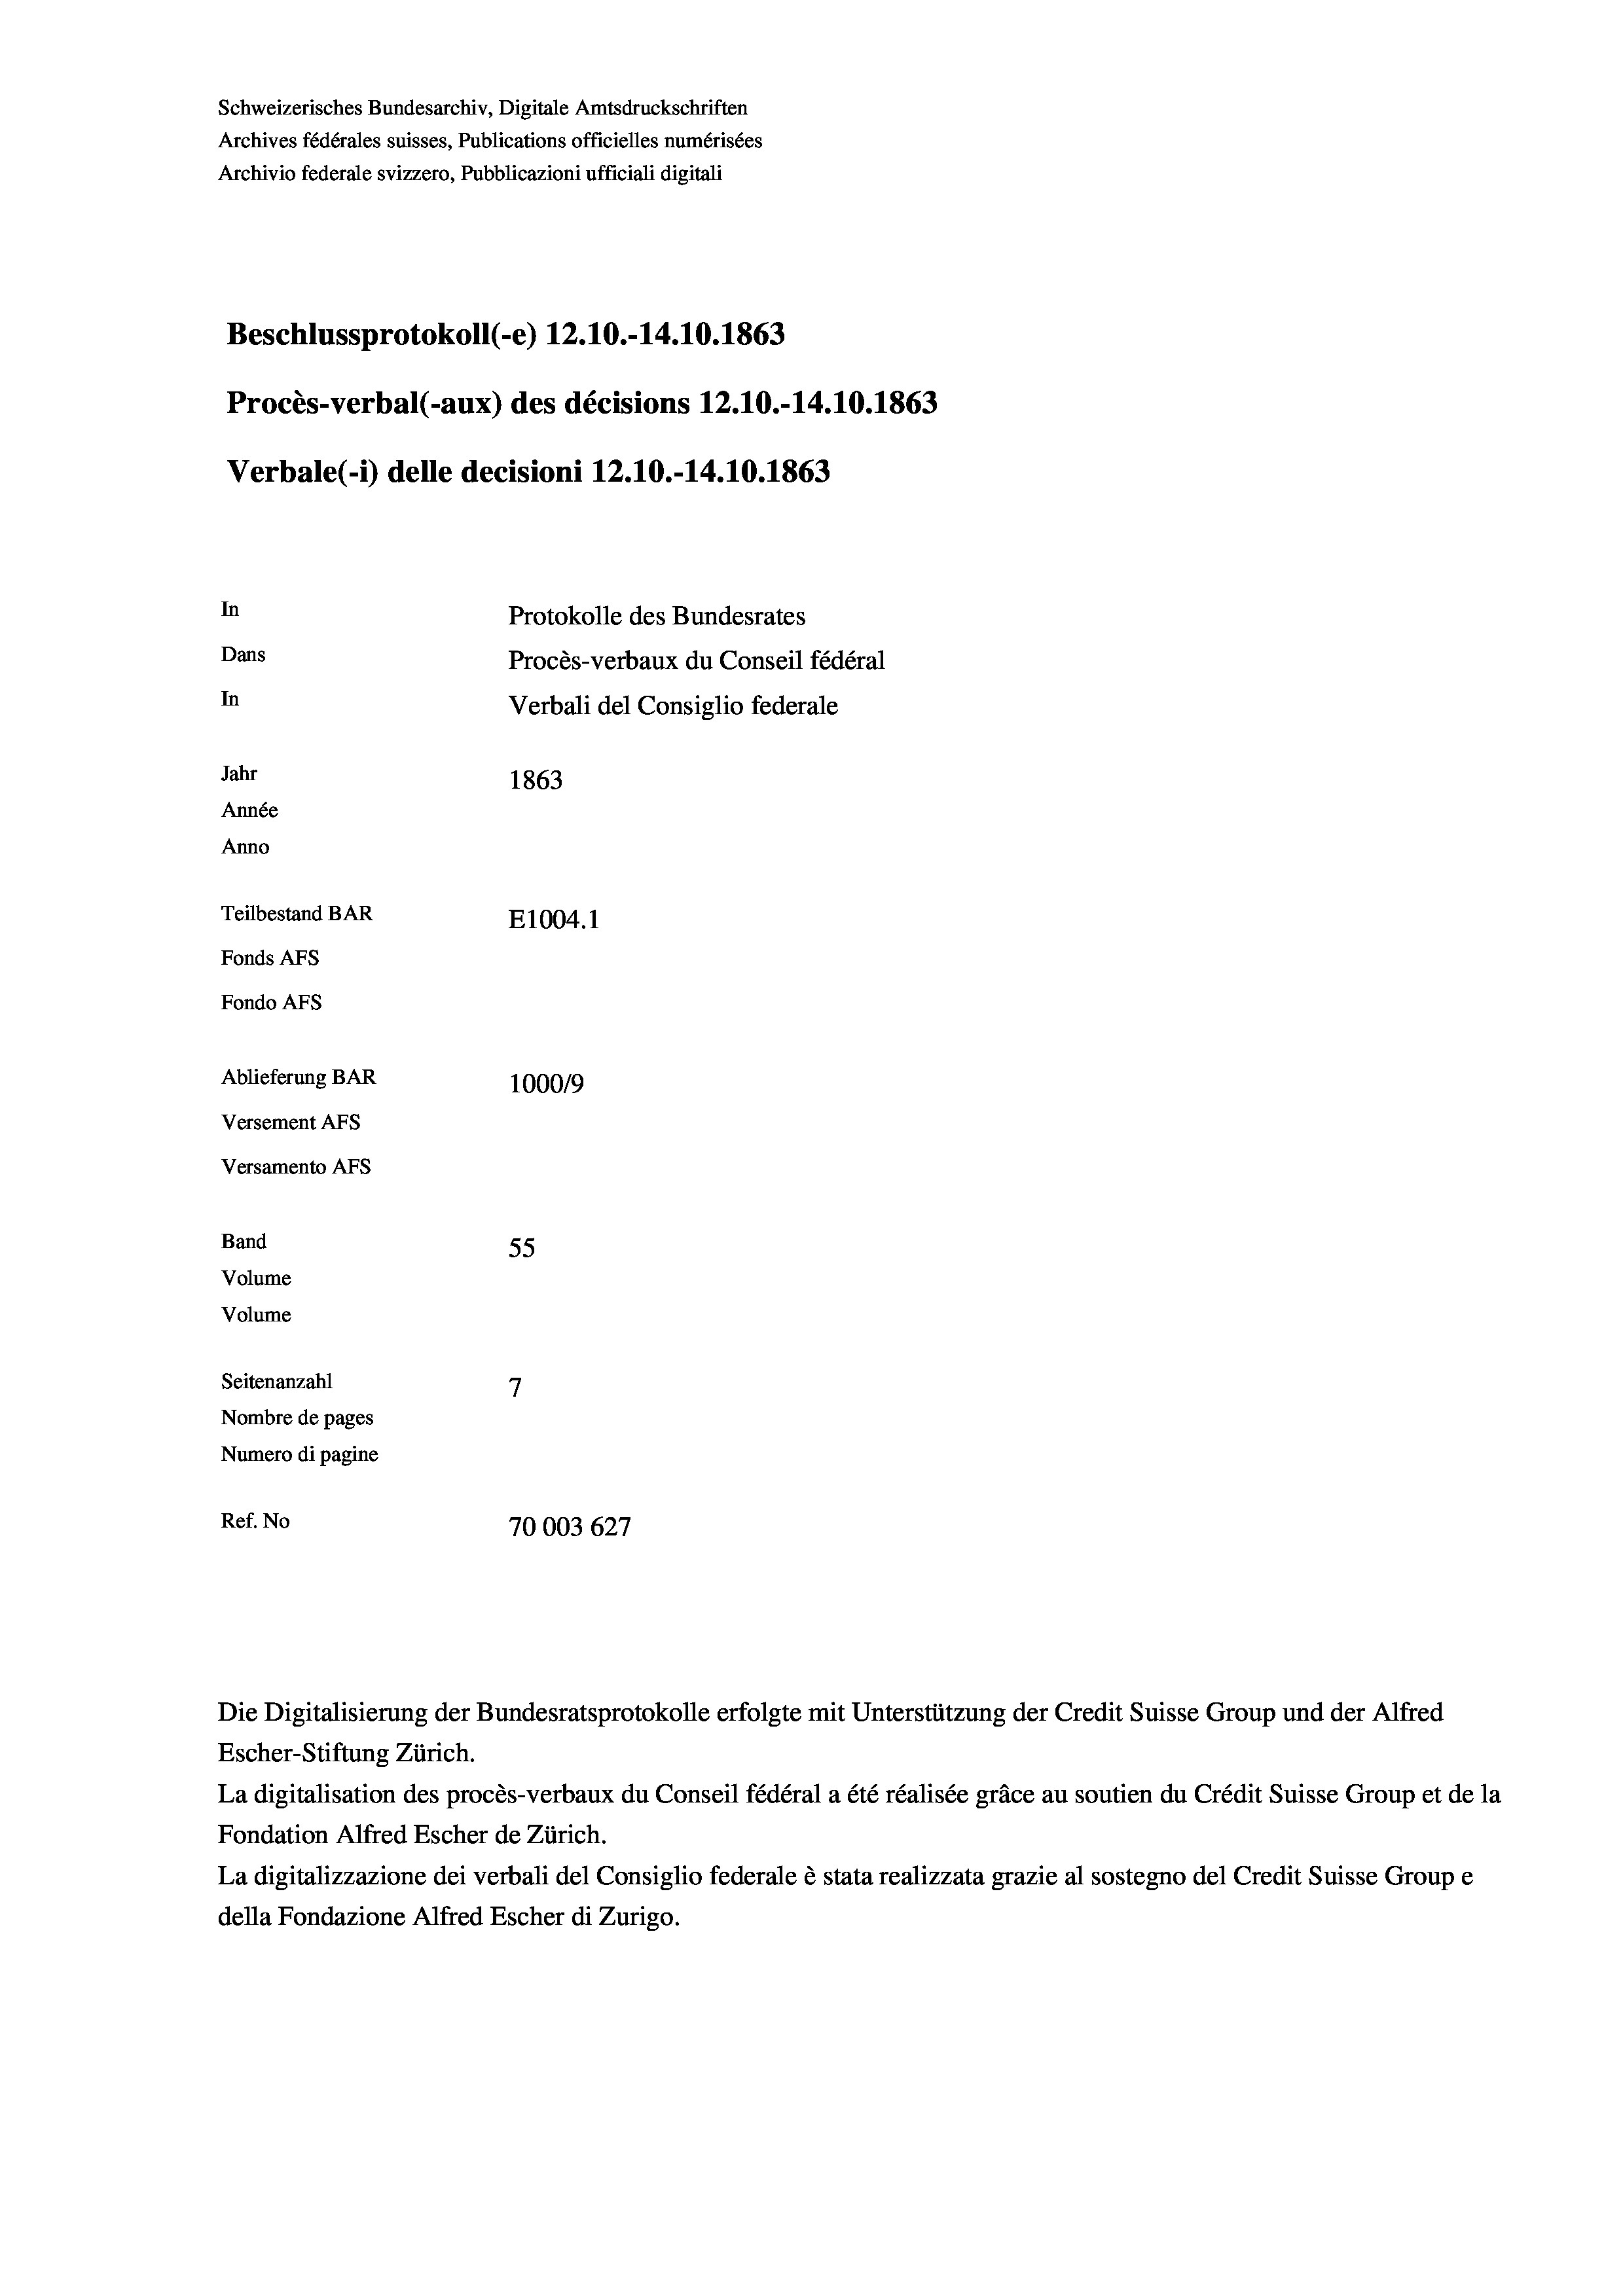
Schweizerisches Bundesarchiv, Digitale Amtsdruckschriften
Archives fédérales suisses, Publications officielles numérisées
Archivio federale svizzero, Pubblicazioni ufficiali digitali
Beschlussprotokoll (-e) 12.10.-14.10.1863
Procès-verbal (-aux) des décisions 12.10.-14.10.1863
Verbale(-*) delle decisioni 12.10.-14.10.1863
In
Protokolle des Bundesrates
Dans
Procès-verbaux du Conseil fédéral
In
Verbali del Consiglio federale
Jahr
1863
Année
Anno
Teilbestand BAR
E1004.1
Fonds AFs
Fondo AFs
Ablieferung BAR
1000/9
Versement As
Versamento AFs

55
7
Seitenanzahl
Nombre de pages
Numero di pagine
Ref. No
70003 627

Band
Volume
Volume

La digitalisation des procès-verbaux du Conseil fédéral a été réalisée gräce au soutien du Crédit Suisse Group et de la
Fondation Alfred Escher de Zürich.
La digitalizzazione dei verbali del Consiglio federale è stata realizzata grazie al sostegno del Credit Suisse Groupe
della Fondazione Alfred Escher di Zurigo.

Die Digitalisierung der Bundesratsprotokolle erfolgte mit Unterstützung der Credit Suisse Group und der Alfred
Escher-Stiftung Zürich.